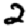
Digit: 2